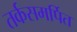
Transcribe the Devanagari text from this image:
तर्कसमर्पित